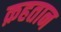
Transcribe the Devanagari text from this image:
क़हतान